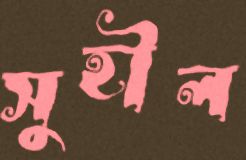
সুহীল